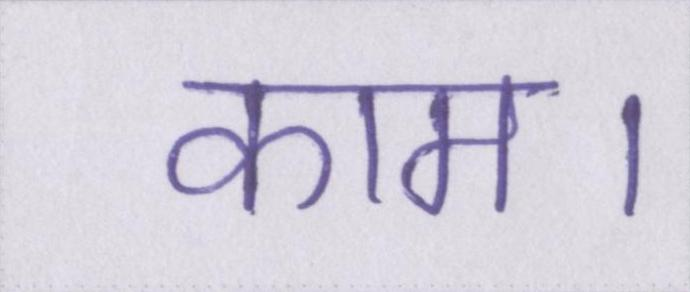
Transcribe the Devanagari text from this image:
काम।